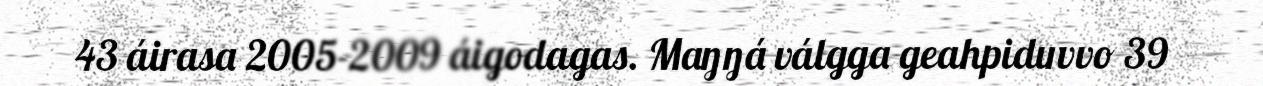
43 áirasa 2005‐2009 áigodagas. Maŋŋá válgga geahpiduvvo 39